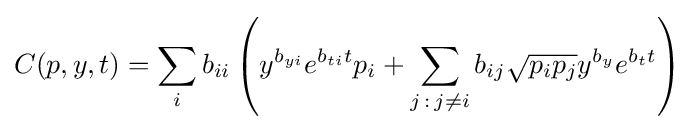
C(p,y,t)=\sum _{i}b_{ii}\left(y^{b_{yi}}e^{b_{ti}t}p_{i}+\sum _{j\,:\,j\neq i}b_{ij}{\sqrt {p_{i}p_{j}}}y^{b_{y}}e^{b_{t}t}\right)